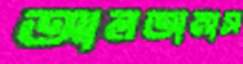
আলতামাস